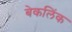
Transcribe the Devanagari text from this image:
बेकलिंक